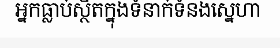
អ្នកធ្លាប់ស្ថិតក្នុងទំនាក់ទំនងស្នេហា